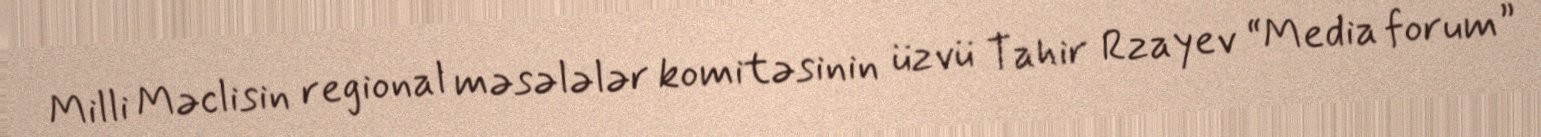
Milli Məclisin regional məsələlər komitəsinin üzvü Tahir Rzayev “Media forum”